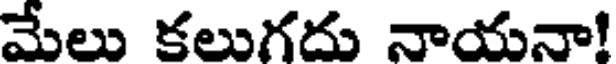
మేలు కలుగదు నాయనా!